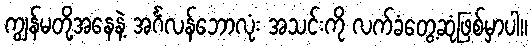
ကျွန်မတို့အနေနဲ့ အင်္ဂလန်ဘောလုံး အသင်းကို လက်ခံတွေ့ဆုံဖြစ်မှာပါ။